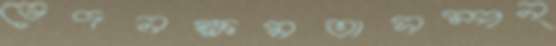
ভেদনক্ষমতাসম্পন্